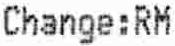
CHANGE:RM